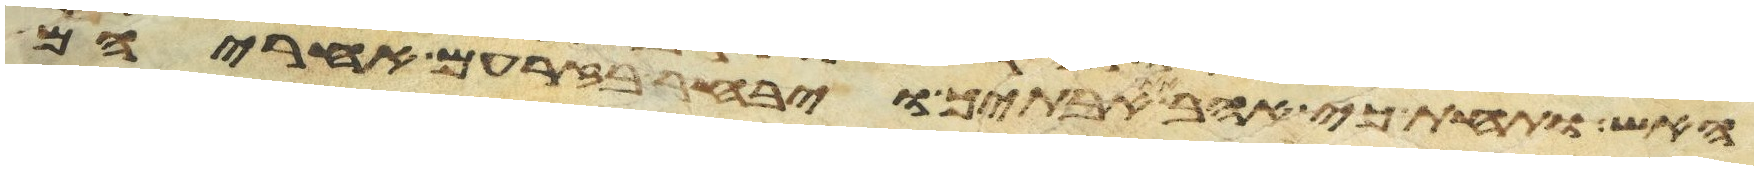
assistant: האש ותחת כי אהב את אבתיך ויבחר בזרעם אחריהם